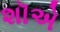
શૉએ